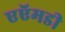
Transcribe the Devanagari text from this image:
एऍमडी